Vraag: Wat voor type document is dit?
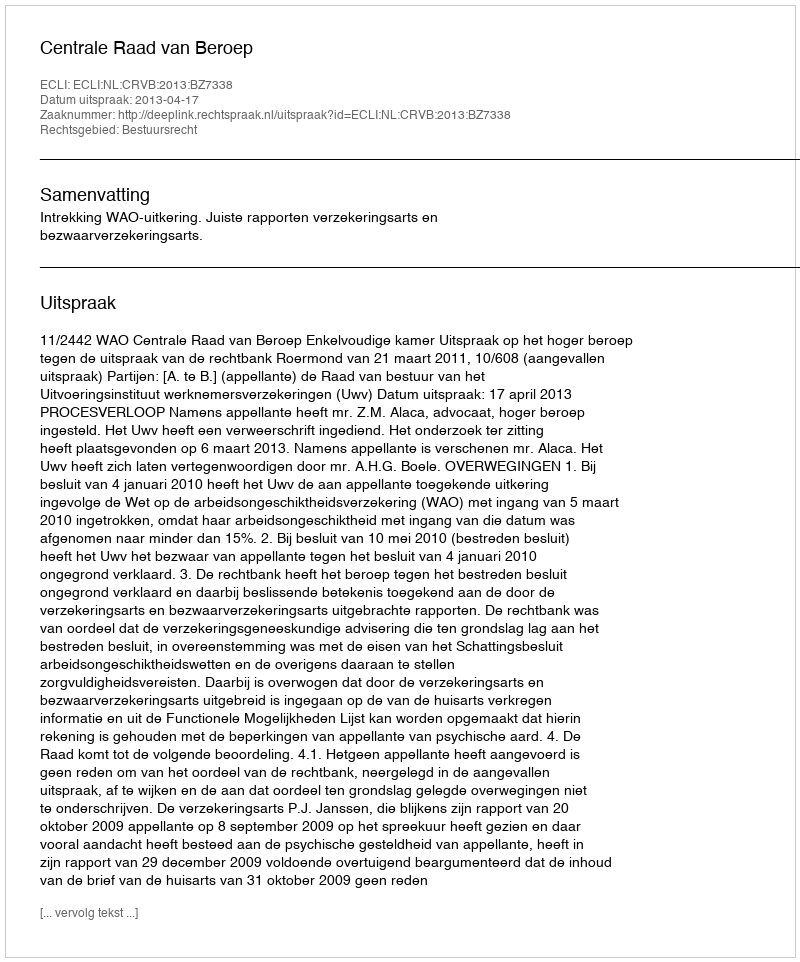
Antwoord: Uitspraak